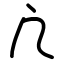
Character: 凣